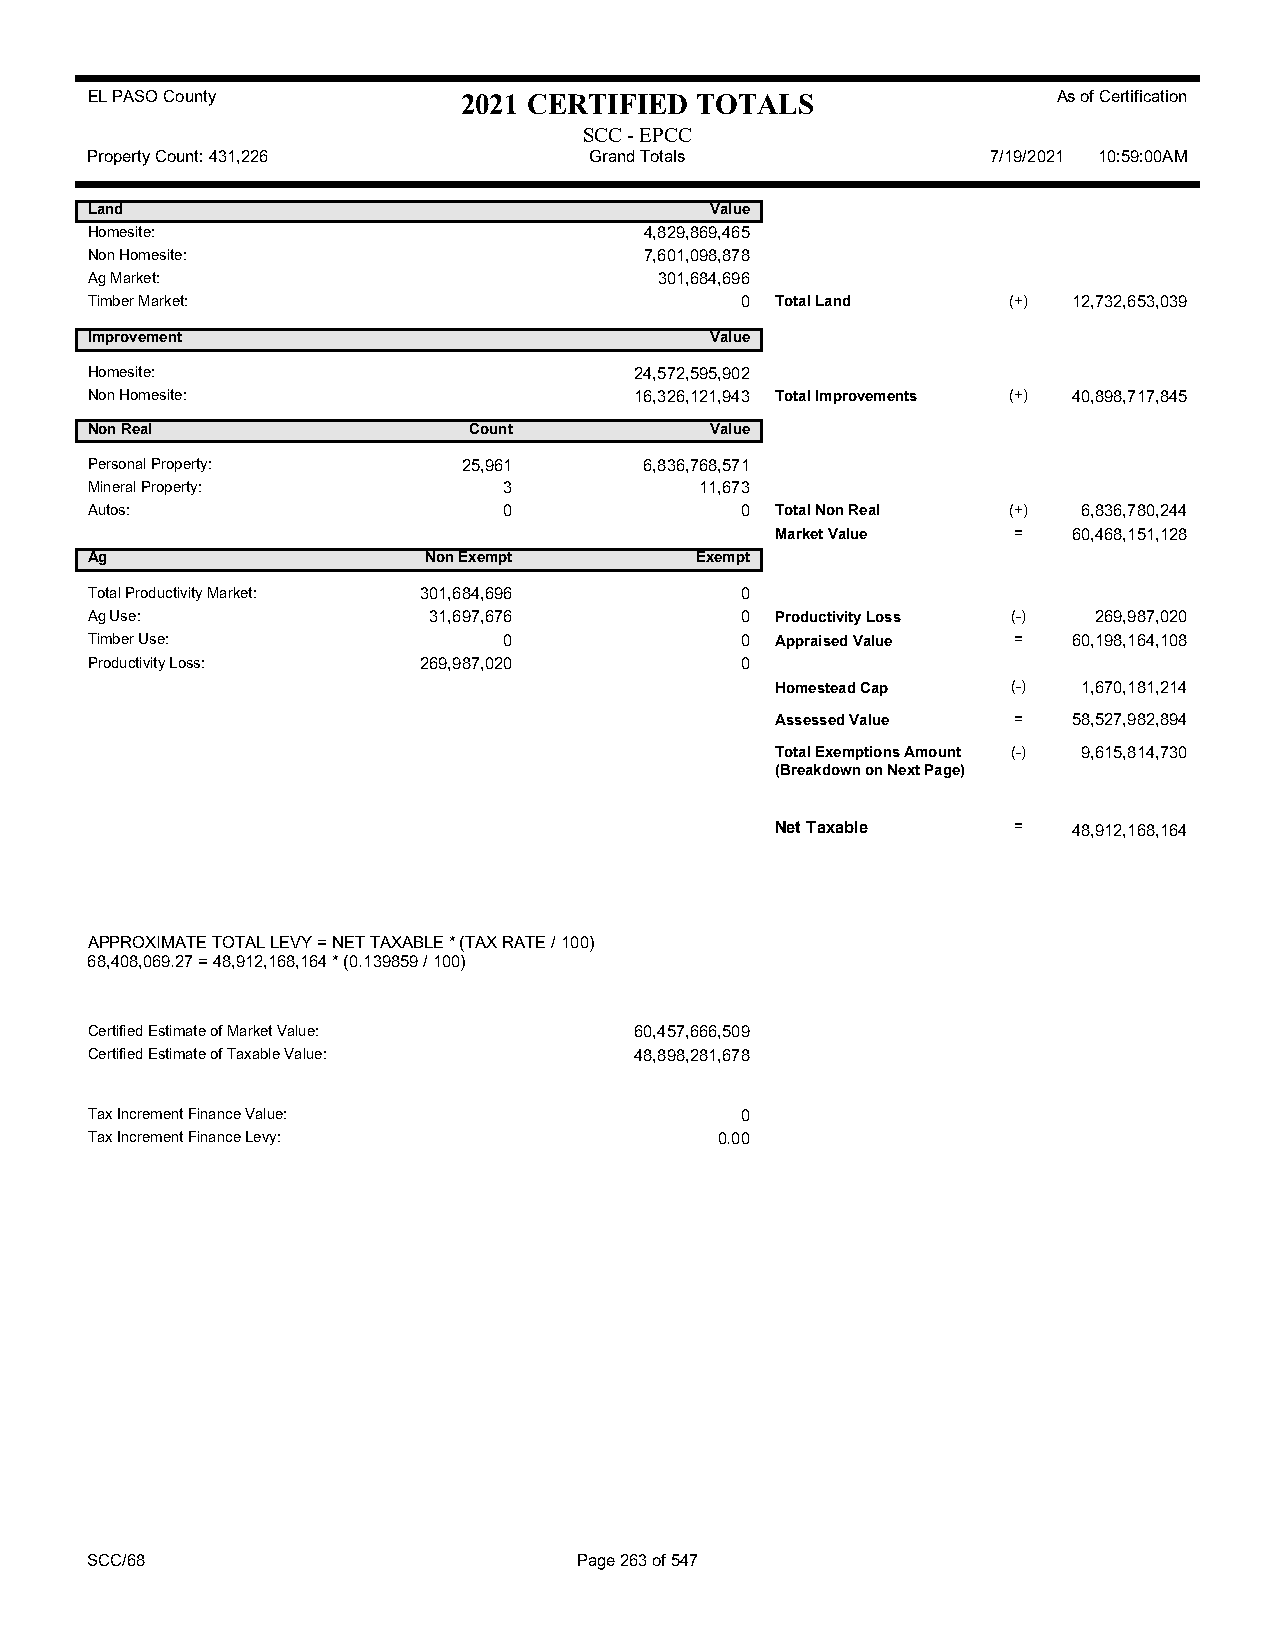
EL PASO County           2021 CERTIFIED TOTALS                  As of Certification
 SCC - EPCC
 Property Count: 431,226          Grand Totals               7/19/2021 10:59:00AM
 Land                                     Value
 Homesite:                            4,829,869,465
 Non Homesite:                        7,601,098,878
 Ag Market:                            301,684,696
 Timber Market:                             0 Total Land      (+) 12,732,653,039
 Improvement                              Value
 Homesite:                           24,572,595,902
 Non Homesite:                       16,326,121,943 Total Improvements (+) 40,898,717,845
 Non Real                 Count           Value
 Personal Property:       25,961      6,836,768,571
 Mineral Property:          3            11,673
 Autos:                     0               0 Total Non Real  (+)  6,836,780,244
 Market Value    =   60,468,151,128
 Ag                    Non Exempt        Exempt
 Total Productivity Market: 301,684,696     0
 Ag Use:               31,697,676           0 Productivity Loss (-) 269,987,020
 Timber Use:                0               0 Appraised Value =   60,198,164,108
 Productivity Loss:    269,987,020          0
 Homestead Cap   (-)  1,670,181,214
 Assessed Value  =   58,527,982,894
 Total Exemptions Amount (-) 9,615,814,730
 (Breakdown on Next Page)
 Net Taxable     =   48,912,168,164
 APPROXIMATE TOTAL LEVY = NET TAXABLE * (TAX RATE / 100)
 68,408,069.27 = 48,912,168,164 * (0.139859 / 100)
 Certified Estimate of Market Value: 60,457,666,509
 Certified Estimate of Taxable Value: 48,898,281,678
 Tax Increment Finance Value:               0
 Tax Increment Finance Levy:               0.00
 SCC/68                          Page 263 of 547